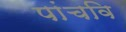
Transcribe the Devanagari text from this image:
पांचवि